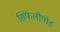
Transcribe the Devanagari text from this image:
सिफेलोपोड़